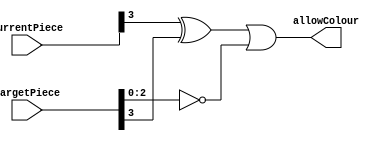
`timescale 1ns / 1ps
//////////////////////////////////////////////////////////////////////////////////
// Company: 
// 
// Design Name: 
// Module Name: checkColour
// Project Name: 
// Target Devices: 
// Tool Versions: 
// Description: 
// 
// Dependencies: 
// 
// Revision:
// Revision 0.01 - File Created
// Additional Comments:
// 
//////////////////////////////////////////////////////////////////////////////////


module checkColour(
    input [3:0] currentPiece,
    input [3:0] targetPiece,
    output wire allowColour
    );
    
    //Dont move into your own color
    assign allowColour = (currentPiece[3] ^ targetPiece[3]) | (!targetPiece[2:0]);
    
endmodule